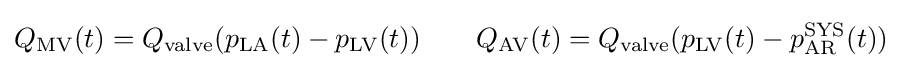
Q_{\mathrm {MV} }(t)=Q_{\mathrm {valve} }(p_{\mathrm {LA} }(t)-p_{\mathrm {LV} }(t))\qquad Q_{\mathrm {AV} }(t)=Q_{\mathrm {valve} }(p_{\mathrm {LV} }(t)-p_{\mathrm {AR} }^{\mathrm {SYS} }(t))